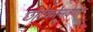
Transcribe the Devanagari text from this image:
छोटेकोनवेयर